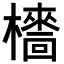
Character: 𣞱